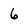
Character: 6